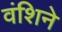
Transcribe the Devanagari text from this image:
वंशिने